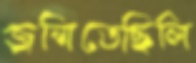
জন্মিতেছিলি